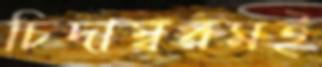
চিদাম্বরমই